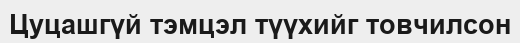
Цуцашгүй тэмцэл түүхийг товчилсон